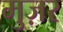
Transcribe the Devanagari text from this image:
मुज़र